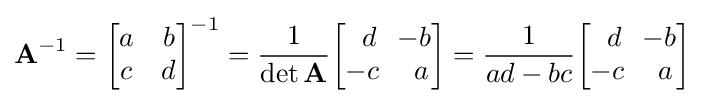
\mathbf {A} ^{-1}={\begin{bmatrix}a&b\\c&d\\\end{bmatrix}}^{-1}={\frac {1}{\det \mathbf {A} }}{\begin{bmatrix}\,\,\,d&\!\!-b\\-c&\,a\\\end{bmatrix}}={\frac {1}{ad-bc}}{\begin{bmatrix}\,\,\,d&\!\!-b\\-c&\,a\\\end{bmatrix}}